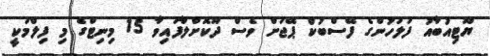
ޔޫޓިއުބާއު ފުލުހުންގެ ފޭސްބުކް ޕޭޖަށް ވެސް ދޫކޮށްލާފައިވާ 15 މިނިޓްގެ މި ފިލްމަކީ